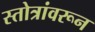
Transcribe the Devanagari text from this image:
स्तोत्रांवरून